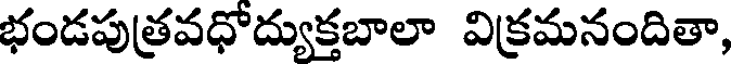
భండపుత్రవధోద్యుక్తబాలా విక్రమనందితా,